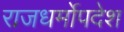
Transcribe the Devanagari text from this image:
राजधर्मोपदेश